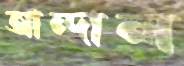
আন্দাল